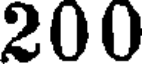
200